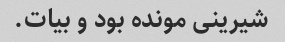
شیرینی مونده بود و بیات.